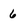
Character: 6